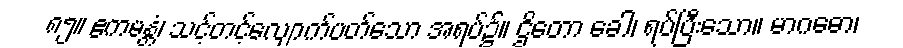
၈၅။ ဧကမန္တံ၊ သင့်တင့်လျောက်ပတ်သော အရပ်၌။ ဌိတော ခေါ၊ ရပ်ပြီးသော။ မာဂဓော၊